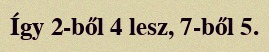
Így 2-ből 4 lesz, 7-ből 5.